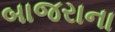
બાજરાના